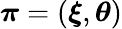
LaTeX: {\boldsymbol\pi}=({\boldsymbol\xi},{\boldsymbol\theta})